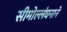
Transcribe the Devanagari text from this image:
सीमोल्लंघनाने